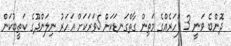
ދޮންބެ ވަނީ 3 ފަހަރެއްގެ މަތިން ގާތްގަނޑަކަށް 5ވަަރަކަށް އަަހަރު ނިލަންދޫގެ ކަތީބުކަން